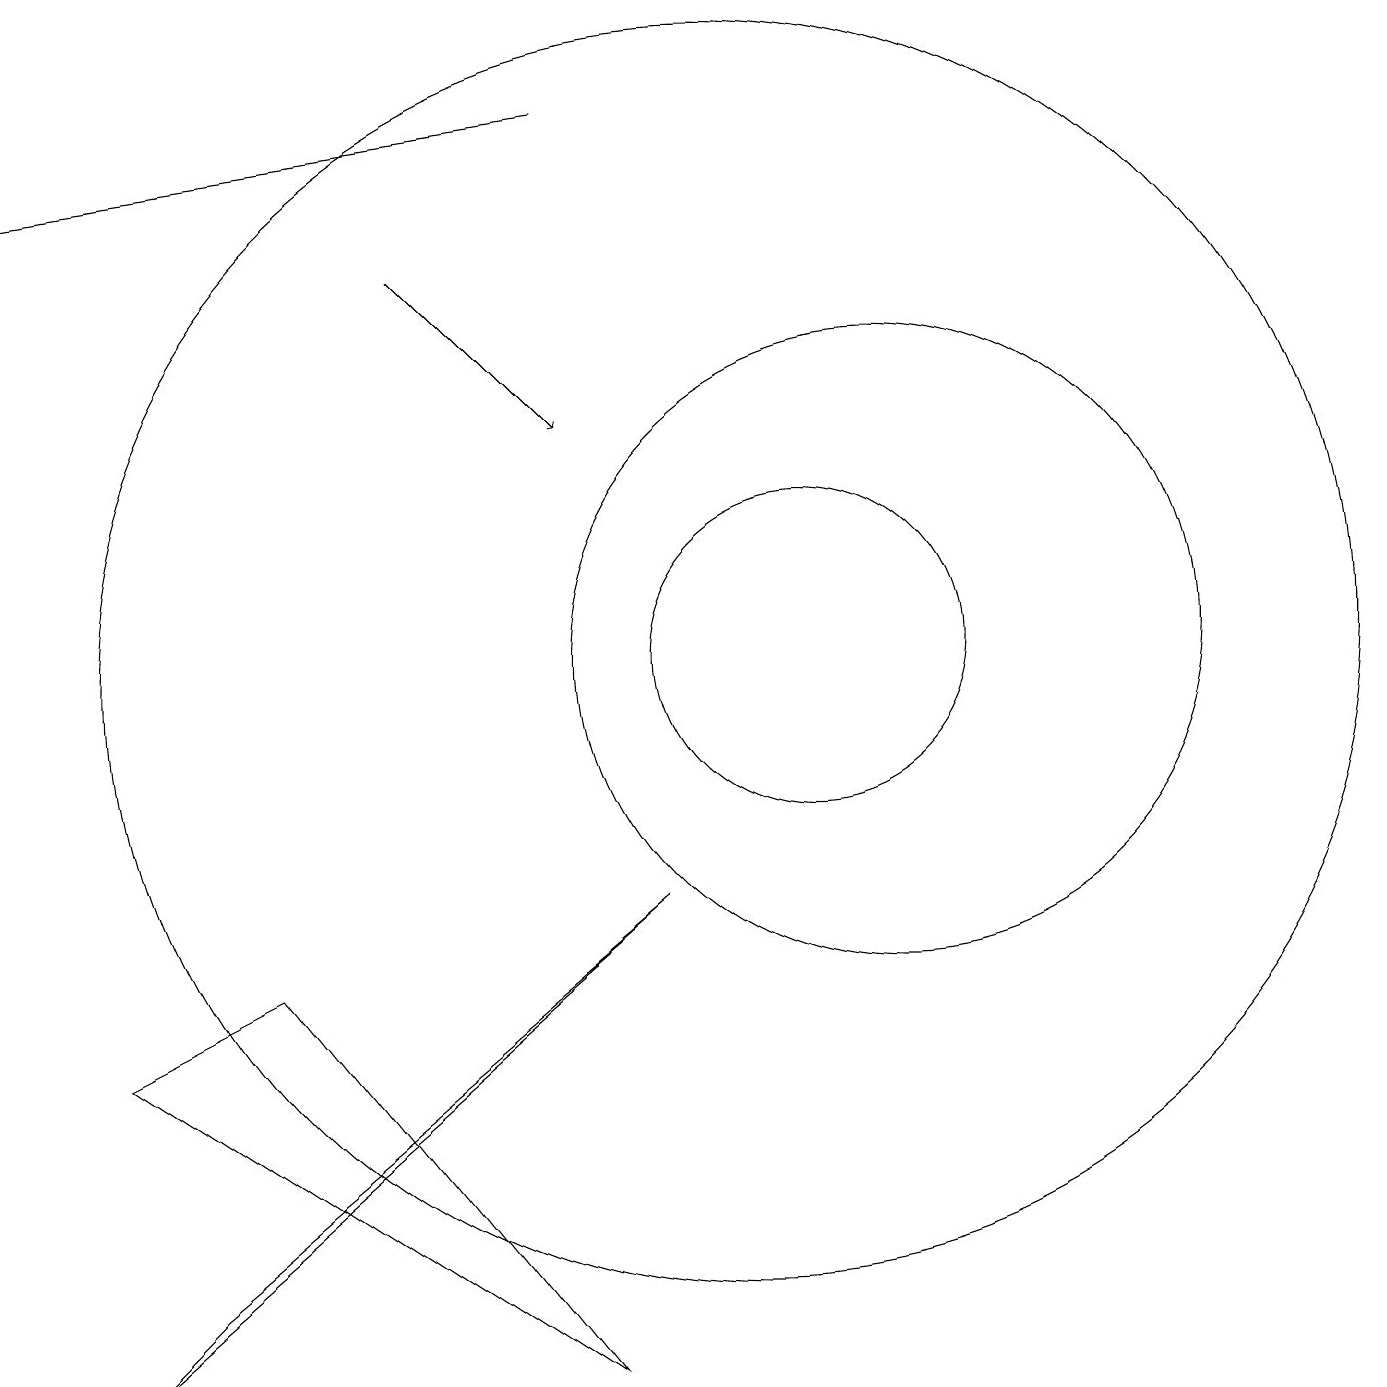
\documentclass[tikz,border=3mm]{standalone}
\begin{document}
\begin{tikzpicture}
\draw (8,2) -- (4,7) -- (2,6) -- cycle;
\draw[->] (6,16) -- (8,14);
\draw[->] (8,18) -- (1,17);
\draw (9,8) -- (3,3) -- (2,2) -- cycle;
\draw (10,11) circle (8);
\draw (11,11) circle (2);
\draw (12,11) circle (4);
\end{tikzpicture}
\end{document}